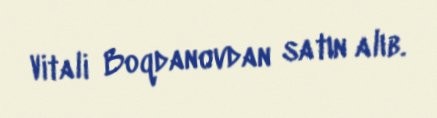
Vitali Boqdanovdan satın alıb.